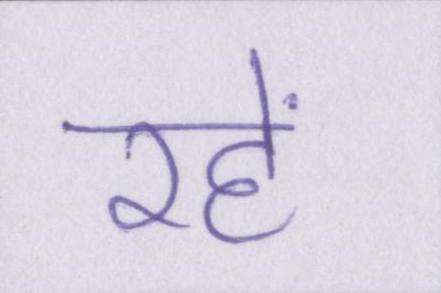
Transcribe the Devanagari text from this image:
रहें